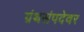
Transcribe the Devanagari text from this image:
ग्रंथसंपदेवर